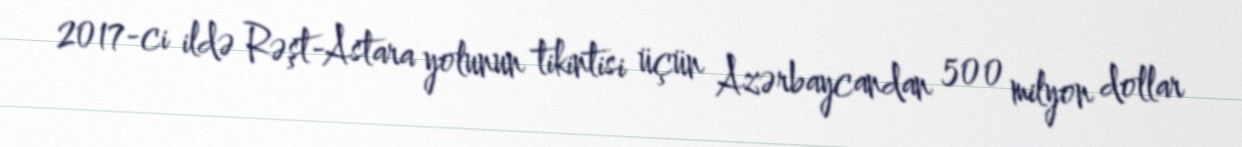
2017-ci ildə Rəşt-Astara yolunun tikintisi üçün Azərbaycandan 500 milyon dollar